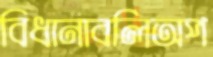
বিধানাবলিঅপ